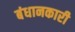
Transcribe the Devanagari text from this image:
बंधानकारी